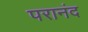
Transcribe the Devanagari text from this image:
परानंद